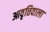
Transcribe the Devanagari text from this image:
आवृत्तिवाला